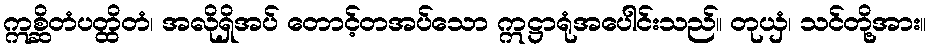
ဣစ္ဆိတံပတ္ထိတံ၊ အလိုရှိအပ် တောင့်တအပ်သော ဣဋ္ဌာရုံအပေါင်းသည်။ တုယှံ၊ သင်တို့အား။